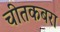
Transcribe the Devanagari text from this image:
चीतकबरा